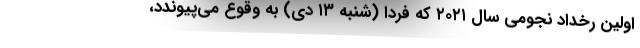
اولین رخداد نجومی سال ۲۰۲۱ که فردا (شنبه ۱۳ دی) به وقوع می‌پیوندد،